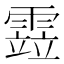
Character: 𩄳